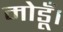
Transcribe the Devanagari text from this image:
मोडूँ।